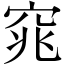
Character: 窕